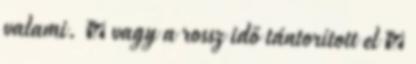
valami. ⛤ vagy a rossz idő tántorított el ⛤